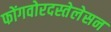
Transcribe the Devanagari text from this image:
फोंगवोरदस्तेलेसन